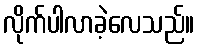
လိုက်ပါလာခဲ့လေသည်။